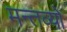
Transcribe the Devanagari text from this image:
मन्तव्यो